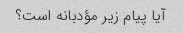
آیا پیام زیر مؤدبانه است؟